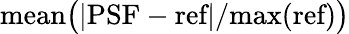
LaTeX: \textrm{mean}\big(|\textrm{PSF}-\textrm{ref}|/\textrm{max(ref)}\big)